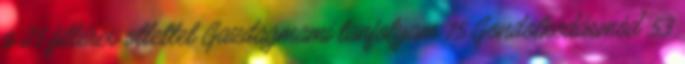
a 25 filléres ötlettel Gazdagmami tanfolyam 15 Gondolkodásmód 53